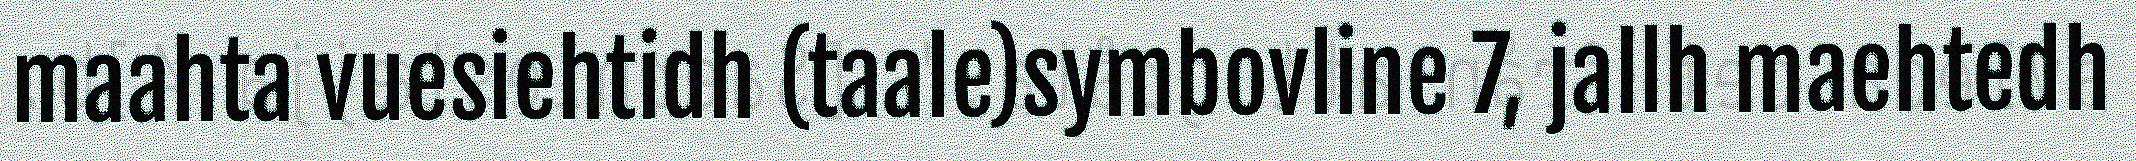
maahta vuesiehtidh (taale)symbovline 7, jallh maehtedh